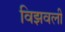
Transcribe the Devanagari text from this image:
विझवली